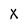
Character: X